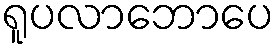
ရူပလာဘောပေ